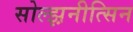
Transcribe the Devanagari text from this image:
सोल्झ़नीत्सिन